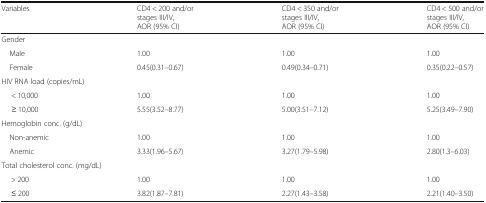
<table><thead><tr><td><b>Variables</b></td><td><b>CD4 &lt; 200 and/or stages III/IV, AOR (95% CI)</b></td><td><b>CD4 &lt; 350 and/or stages III/IV, AOR (95% CI)</b></td><td><b>CD4 &lt; 500 and/or stages III/IV, AOR (95% CI)</b></td></tr></thead><tbody><tr><td colspan="4">Gender</td></tr><tr><td> Male</td><td>1.00</td><td>1.00</td><td>1.00</td></tr><tr><td> Female</td><td>0.45(0.31–0.67)</td><td>0.49(0.34–0.71)</td><td>0.35(0.22–0.57)</td></tr><tr><td colspan="4">HIV RNA load (copies/mL)</td></tr><tr><td>&lt; 10,000</td><td>1.00</td><td>1.00</td><td>1.00</td></tr><tr><td>≥ 10,000</td><td>5.55(3.52–8.77)</td><td>5.00(3.51–7.12)</td><td>5.25(3.49–7.90)</td></tr><tr><td colspan="4">Hemoglobin conc. (g/dL)</td></tr><tr><td> Non-anemic</td><td>1.00</td><td>1.00</td><td>1.00</td></tr><tr><td> Anemic</td><td>3.33(1.96–5.67)</td><td>3.27(1.79–5.98)</td><td>2.80(1.3–6.03)</td></tr><tr><td colspan="4">Total cholesterol conc. (mg/dL)</td></tr><tr><td>&gt; 200</td><td>1.00</td><td>1.00</td><td>1.00</td></tr><tr><td>≤ 200</td><td>3.82(1.87–7.81)</td><td>2.27(1.43–3.58)</td><td>2.21(1.40–3.50)</td></tr></tbody></table>